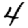
Digit: 4